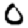
Digit: 0